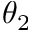
\theta _ { 2 }